Source: Handwritten
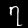
Digit: ၇ (7)